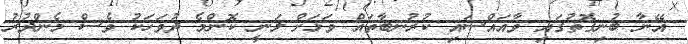
އޭނާ ބުނިގޮތުގައި ވާއައްސައި ކުރުނބާތައް ވަޅަށް ލަނީ ކޮންމެ ދުވަހަކު ވެސް މެންދުރު